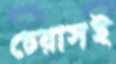
ঢেরাসই